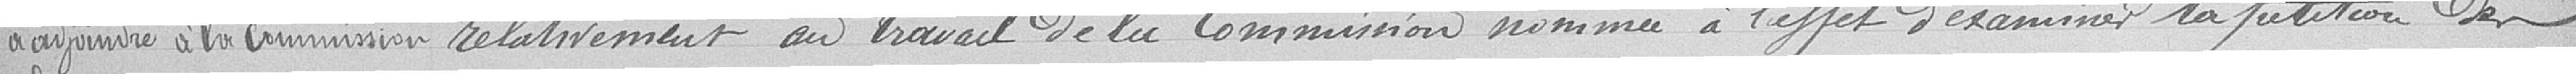
à adjoindre à la commission relativement au travail de la commission nommée à l'effet d'examiner la pétition des